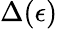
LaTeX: \Delta(\epsilon)